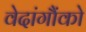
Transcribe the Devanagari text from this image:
वेदांगौंको